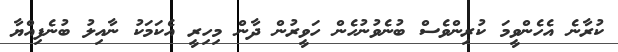
ކުރާނެ އެހެންވީމަ ކުރިންވެސް ބުނެވުނުހެން ހަވީރުން ދާން މިހިރީ އެކަމަކު ނާއިލު ބުނެފިއްޔާ